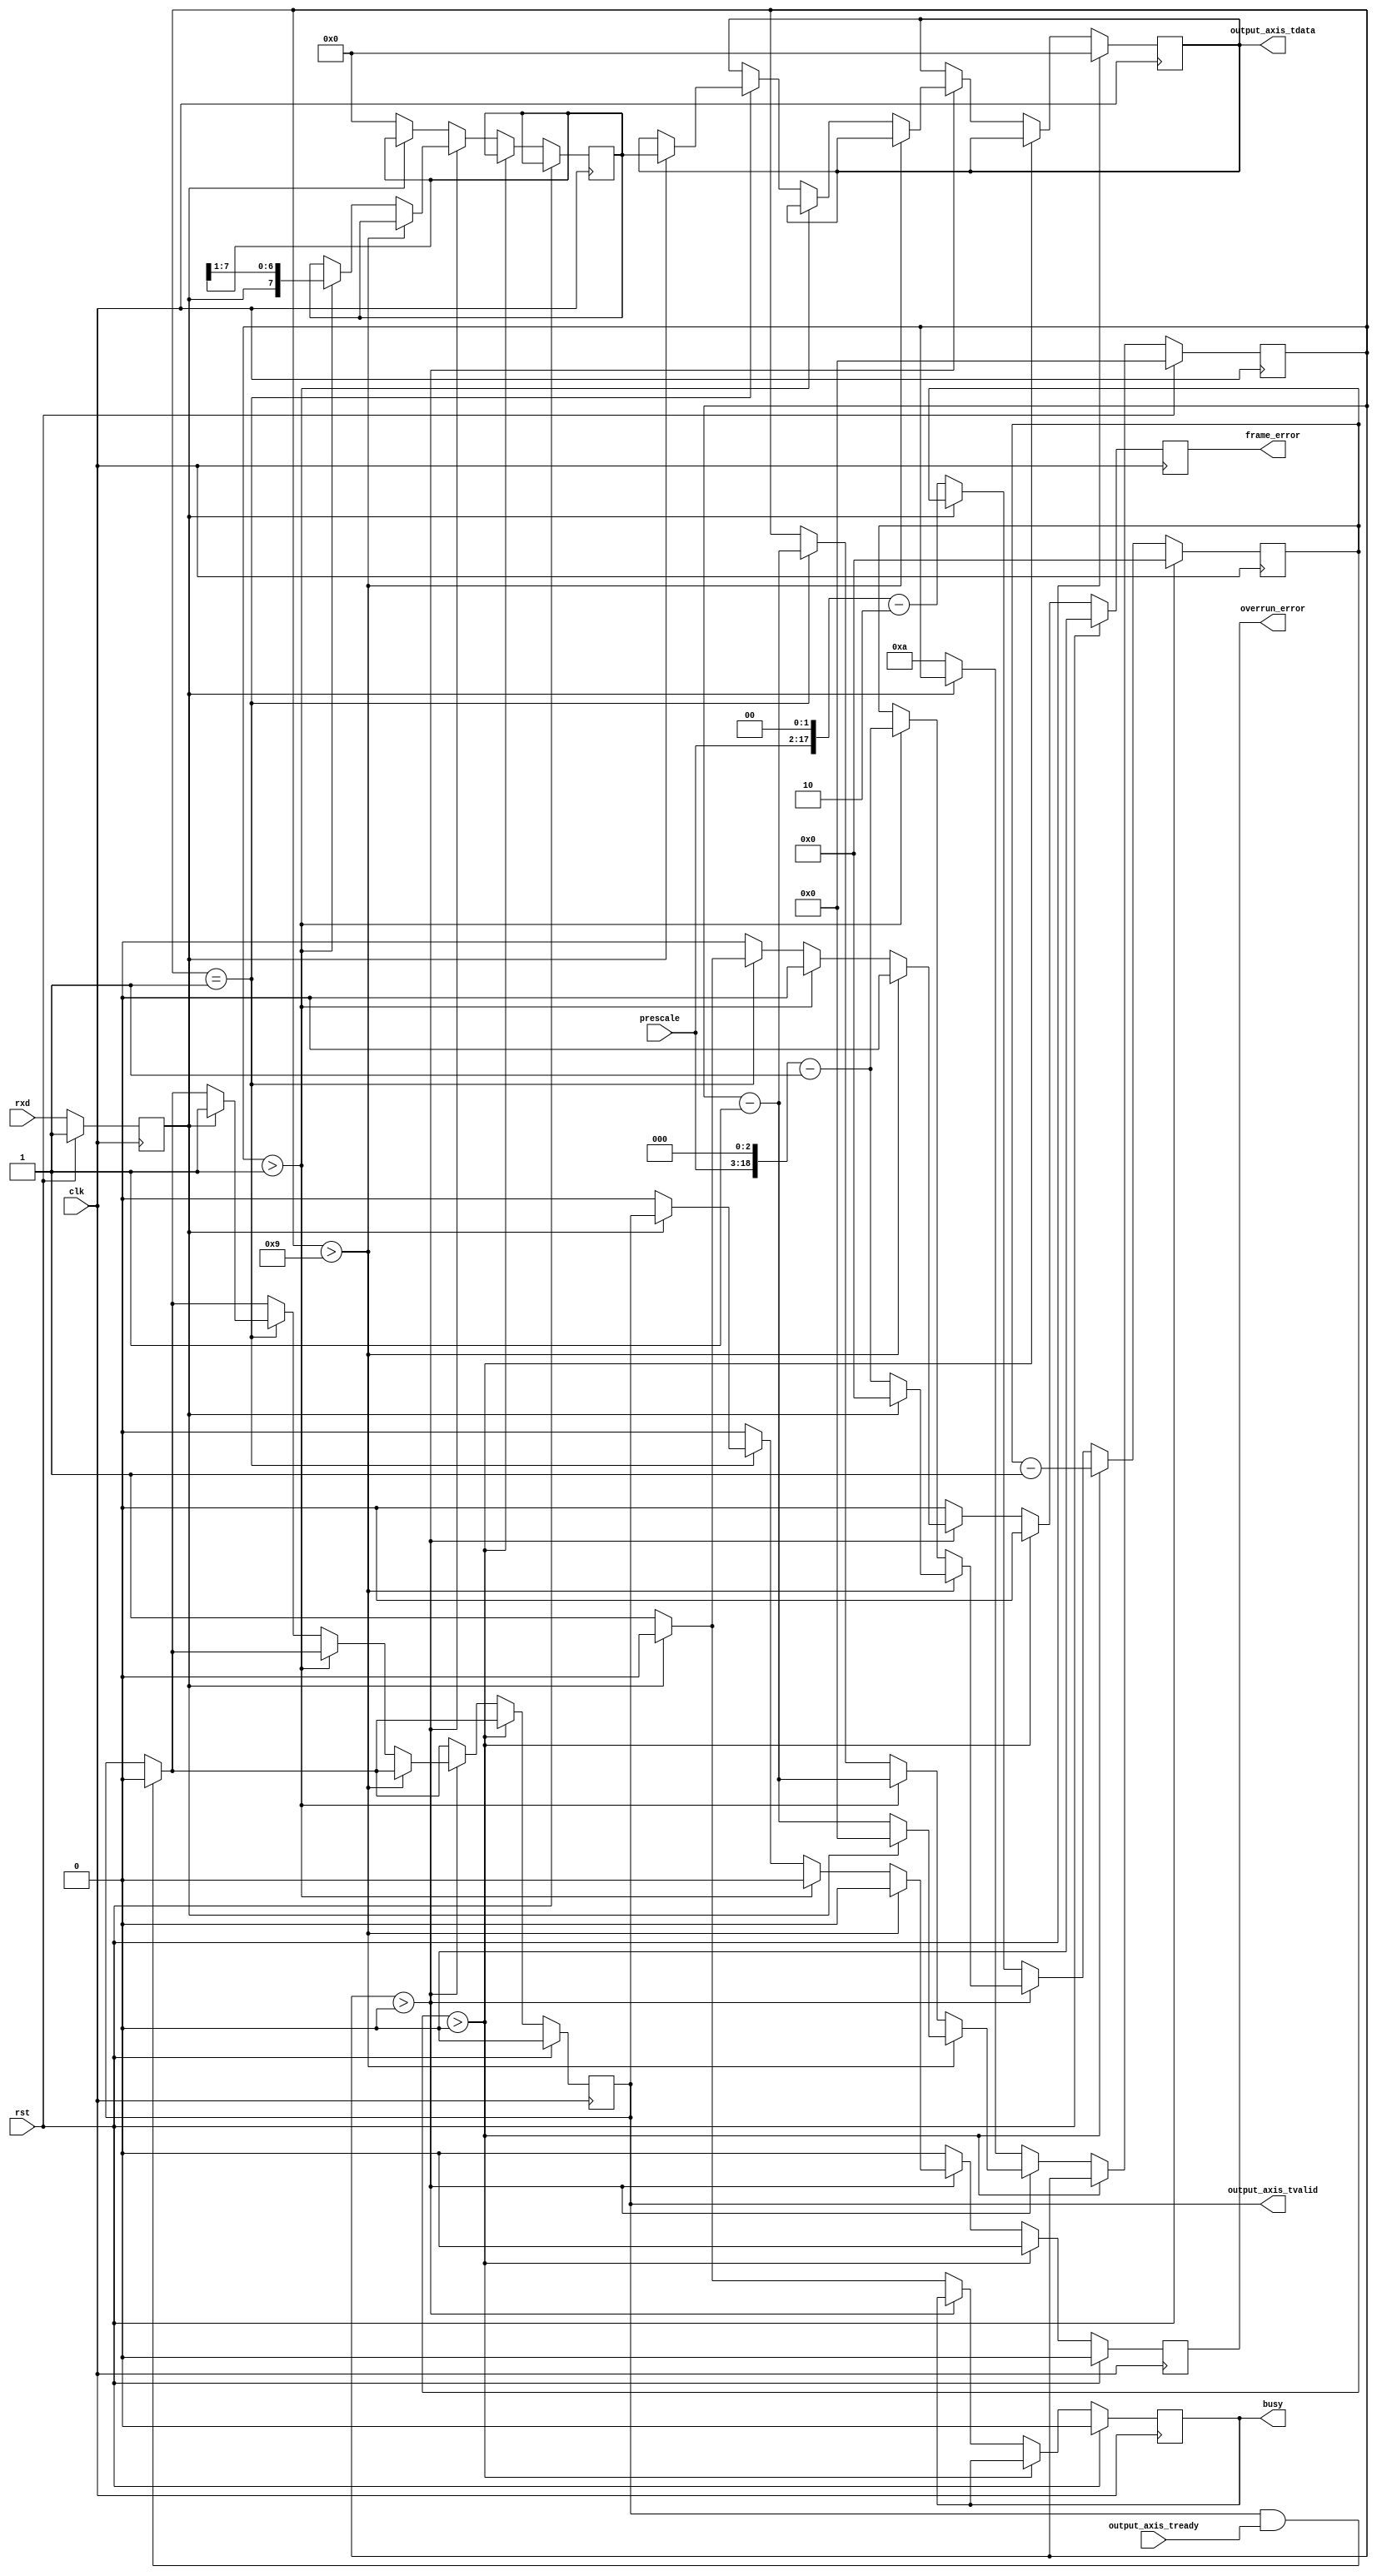
// Language: Verilog 2001

`timescale 1ns / 1ps
 
/*
 * AXI4-Stream UART
 */
module uart_rx #
(
    parameter DATA_WIDTH = 8
)
(
    input  wire                   clk,
    input  wire                   rst,

    /*
     * AXI output
     */
    output wire [DATA_WIDTH-1:0]  output_axis_tdata,
    output wire                   output_axis_tvalid,
    input  wire                   output_axis_tready,

    /*
     * UART interface
     */
    input  wire                   rxd,

    /*
     * Status
     */
    output wire                   busy,
    output wire                   overrun_error,
    output wire                   frame_error,

    /*
     * Configuration
     */
    input  wire [15:0]            prescale

);

reg [DATA_WIDTH-1:0] output_axis_tdata_reg = 0;
reg output_axis_tvalid_reg = 0;

reg rxd_reg = 1;

reg busy_reg = 0;
reg overrun_error_reg = 0;
reg frame_error_reg = 0;

reg [DATA_WIDTH-1:0] data_reg = 0;
reg [18:0] prescale_reg = 0;
reg [3:0] bit_cnt = 0;

assign output_axis_tdata = output_axis_tdata_reg;
assign output_axis_tvalid = output_axis_tvalid_reg;

assign busy = busy_reg;
assign overrun_error = overrun_error_reg;
assign frame_error = frame_error_reg;

always @(posedge clk) begin
    if (rst) begin
        output_axis_tdata_reg <= 0;
        output_axis_tvalid_reg <= 0;
        rxd_reg <= 1;
        prescale_reg <= 0;
        bit_cnt <= 0;
        busy_reg <= 0;
        overrun_error_reg <= 0;
        frame_error_reg <= 0;
    end else begin
        rxd_reg <= rxd;
        overrun_error_reg <= 0;
        frame_error_reg <= 0;

        if (output_axis_tvalid & output_axis_tready) begin
            output_axis_tvalid_reg <= 0;
        end

        if (prescale_reg > 0) begin
            prescale_reg <= prescale_reg - 1;
        end else if (bit_cnt > 0) begin
            if (bit_cnt > DATA_WIDTH+1) begin
                if (~rxd_reg) begin
                    bit_cnt <= bit_cnt - 1;
                    prescale_reg <= (prescale << 3)-1;
                end else begin
                    bit_cnt <= 0;
                    prescale_reg <= 0;
                end
            end else if (bit_cnt > 1) begin
                bit_cnt <= bit_cnt - 1;
                prescale_reg <= (prescale << 3)-1;
                data_reg <= {rxd_reg, data_reg[DATA_WIDTH-1:1]};
            end else if (bit_cnt == 1) begin
                bit_cnt <= bit_cnt - 1;
                if (rxd_reg) begin
                    output_axis_tdata_reg <= data_reg;
                    output_axis_tvalid_reg <= 1;
                    overrun_error_reg <= output_axis_tvalid_reg;
                end else begin
                    frame_error_reg <= 1;
                end
            end
        end else begin
            busy_reg <= 0;
            if (~rxd_reg) begin
                prescale_reg <= (prescale << 2)-2;
                bit_cnt <= DATA_WIDTH+2;
                data_reg <= 0;
                busy_reg <= 1;
            end
        end
    end
end

endmodule